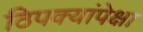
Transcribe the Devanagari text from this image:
ठिपक्यांपेक्षा